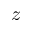
z